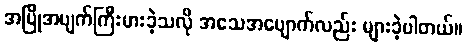
အပြိုအပျက်ကြီးမားခဲ့သလို အသေအပျောက်လည်း များခဲ့ပါတယ်။